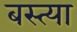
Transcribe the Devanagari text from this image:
बस्त्या